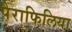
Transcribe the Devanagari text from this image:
पैराफिलिया